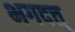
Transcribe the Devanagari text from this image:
भगदत्त्